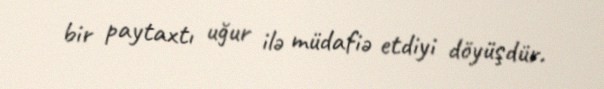
bir paytaxtı uğur ilə müdafiə etdiyi döyüşdür.